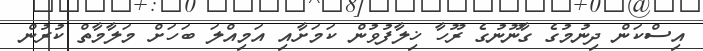
އިސްކަން ދިނުމުގެ ގާނޫނުގެ ރޫހާ ޚިލާފުވުން ކަމަށާއި އަމިއްލަ ބަހަށް މަލާމާތް ކުރުން